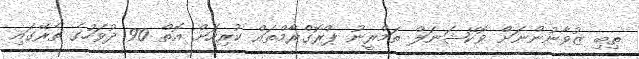
ތިބި ޒުވާނުންނަށް ވޮކޭޝަނަލް ތަމްރީނު ޕްރޮގްރާމްތައް ކުރިއަށް އޮތް 90 ދުވަހުގެ ތެރޭގައި